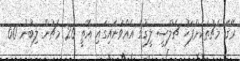
ރޭގެ މެޗުތަަކަށްފަހު ޗެލްސީ ލީގުގެ އެއްވަނައިގައި އޮތީ 26 މެޗުން ލިބުނު 60